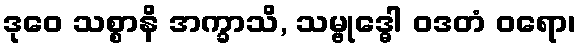
ဒုဝေ သစ္စာနိ အက္ခာသိ, သမ္ဗုဒ္ဓေါ ဝဒတံ ဝရော၊